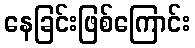
နေခြင်းဖြစ်ကြောင်း